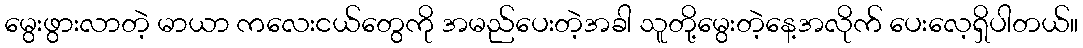
မွေးဖွားလာတဲ့ မာယာ ကလေးငယ်တွေကို အမည်ပေးတဲ့အခါ သူတို့မွေးတဲ့နေ့အလိုက် ပေးလေ့ရှိပါတယ်။